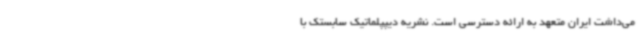
می‌داشت ایران متعهد به ارائه دسترسی است. نشریه دیپپلماتیک سابستک با